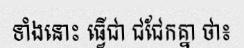
ទាំងនោះ ធ្វើជា ជជែកគ្នា ថា៖